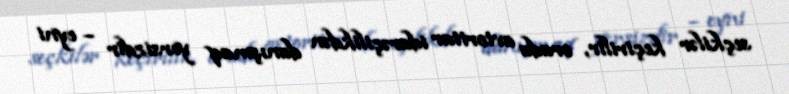
seçkilər keçirilir, orada avtoritar idarəçilikdən danışmaq yersizdir – eyni